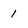
Character: 1